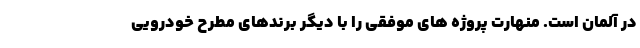
در آلمان است. منهارت پروژه های موفقی را با دیگر برندهای مطرح خودرویی